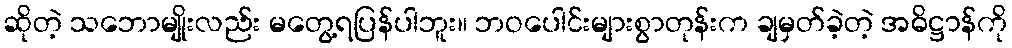
ဆိုတဲ့ သဘောမျိုးလည်း မတွေ့ရပြန်ပါဘူး။ ဘဝပေါင်းများစွာတုန်းက ချမှတ်ခဲ့တဲ့ အဓိဋ္ဌာန်ကို